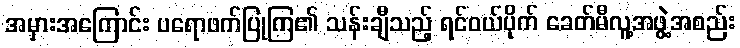
အမှားအကြောင်း ပရောဖက်ပြုကြ၏ သန်းချီသည့် ရင်ဝယ်ပိုက် ခေတ်မီလူ့အဖွဲ့အစည်း